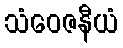
သံဝေဇနီယံ